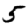
Digit: 5